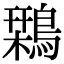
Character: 𪄃